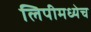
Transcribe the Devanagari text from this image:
लिपीमध्येच